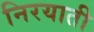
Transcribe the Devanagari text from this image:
निरयाती